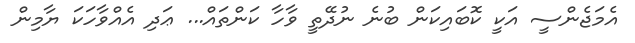
އެމަޖެންސީ އަކީ ކޮބައިކަން ބުނެ ނުދޭތީ ވާހާ ކަންތައް... ޢަދި އެއްވާހަކަ ޔާމިން